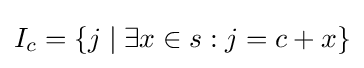
I_{c}=\{j\mid \exists x\in s:j=c+x\}